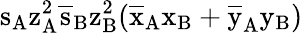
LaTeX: \mathrm{s_{A}\mathrm{z_{A}^{2}\mathrm{\overline{{s}}_{B}\mathrm{z_{B}^{2}(\mathrm{\overline{{x}}_{A}\mathrm{x_{B}+\mathrm{\overline{{y}}_{A}\mathrm{y_{B})}}}}}}}}